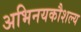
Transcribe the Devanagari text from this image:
अभिनयकौशल्य